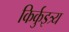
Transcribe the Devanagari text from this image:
किर्कुइत्र्य